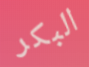
البكر